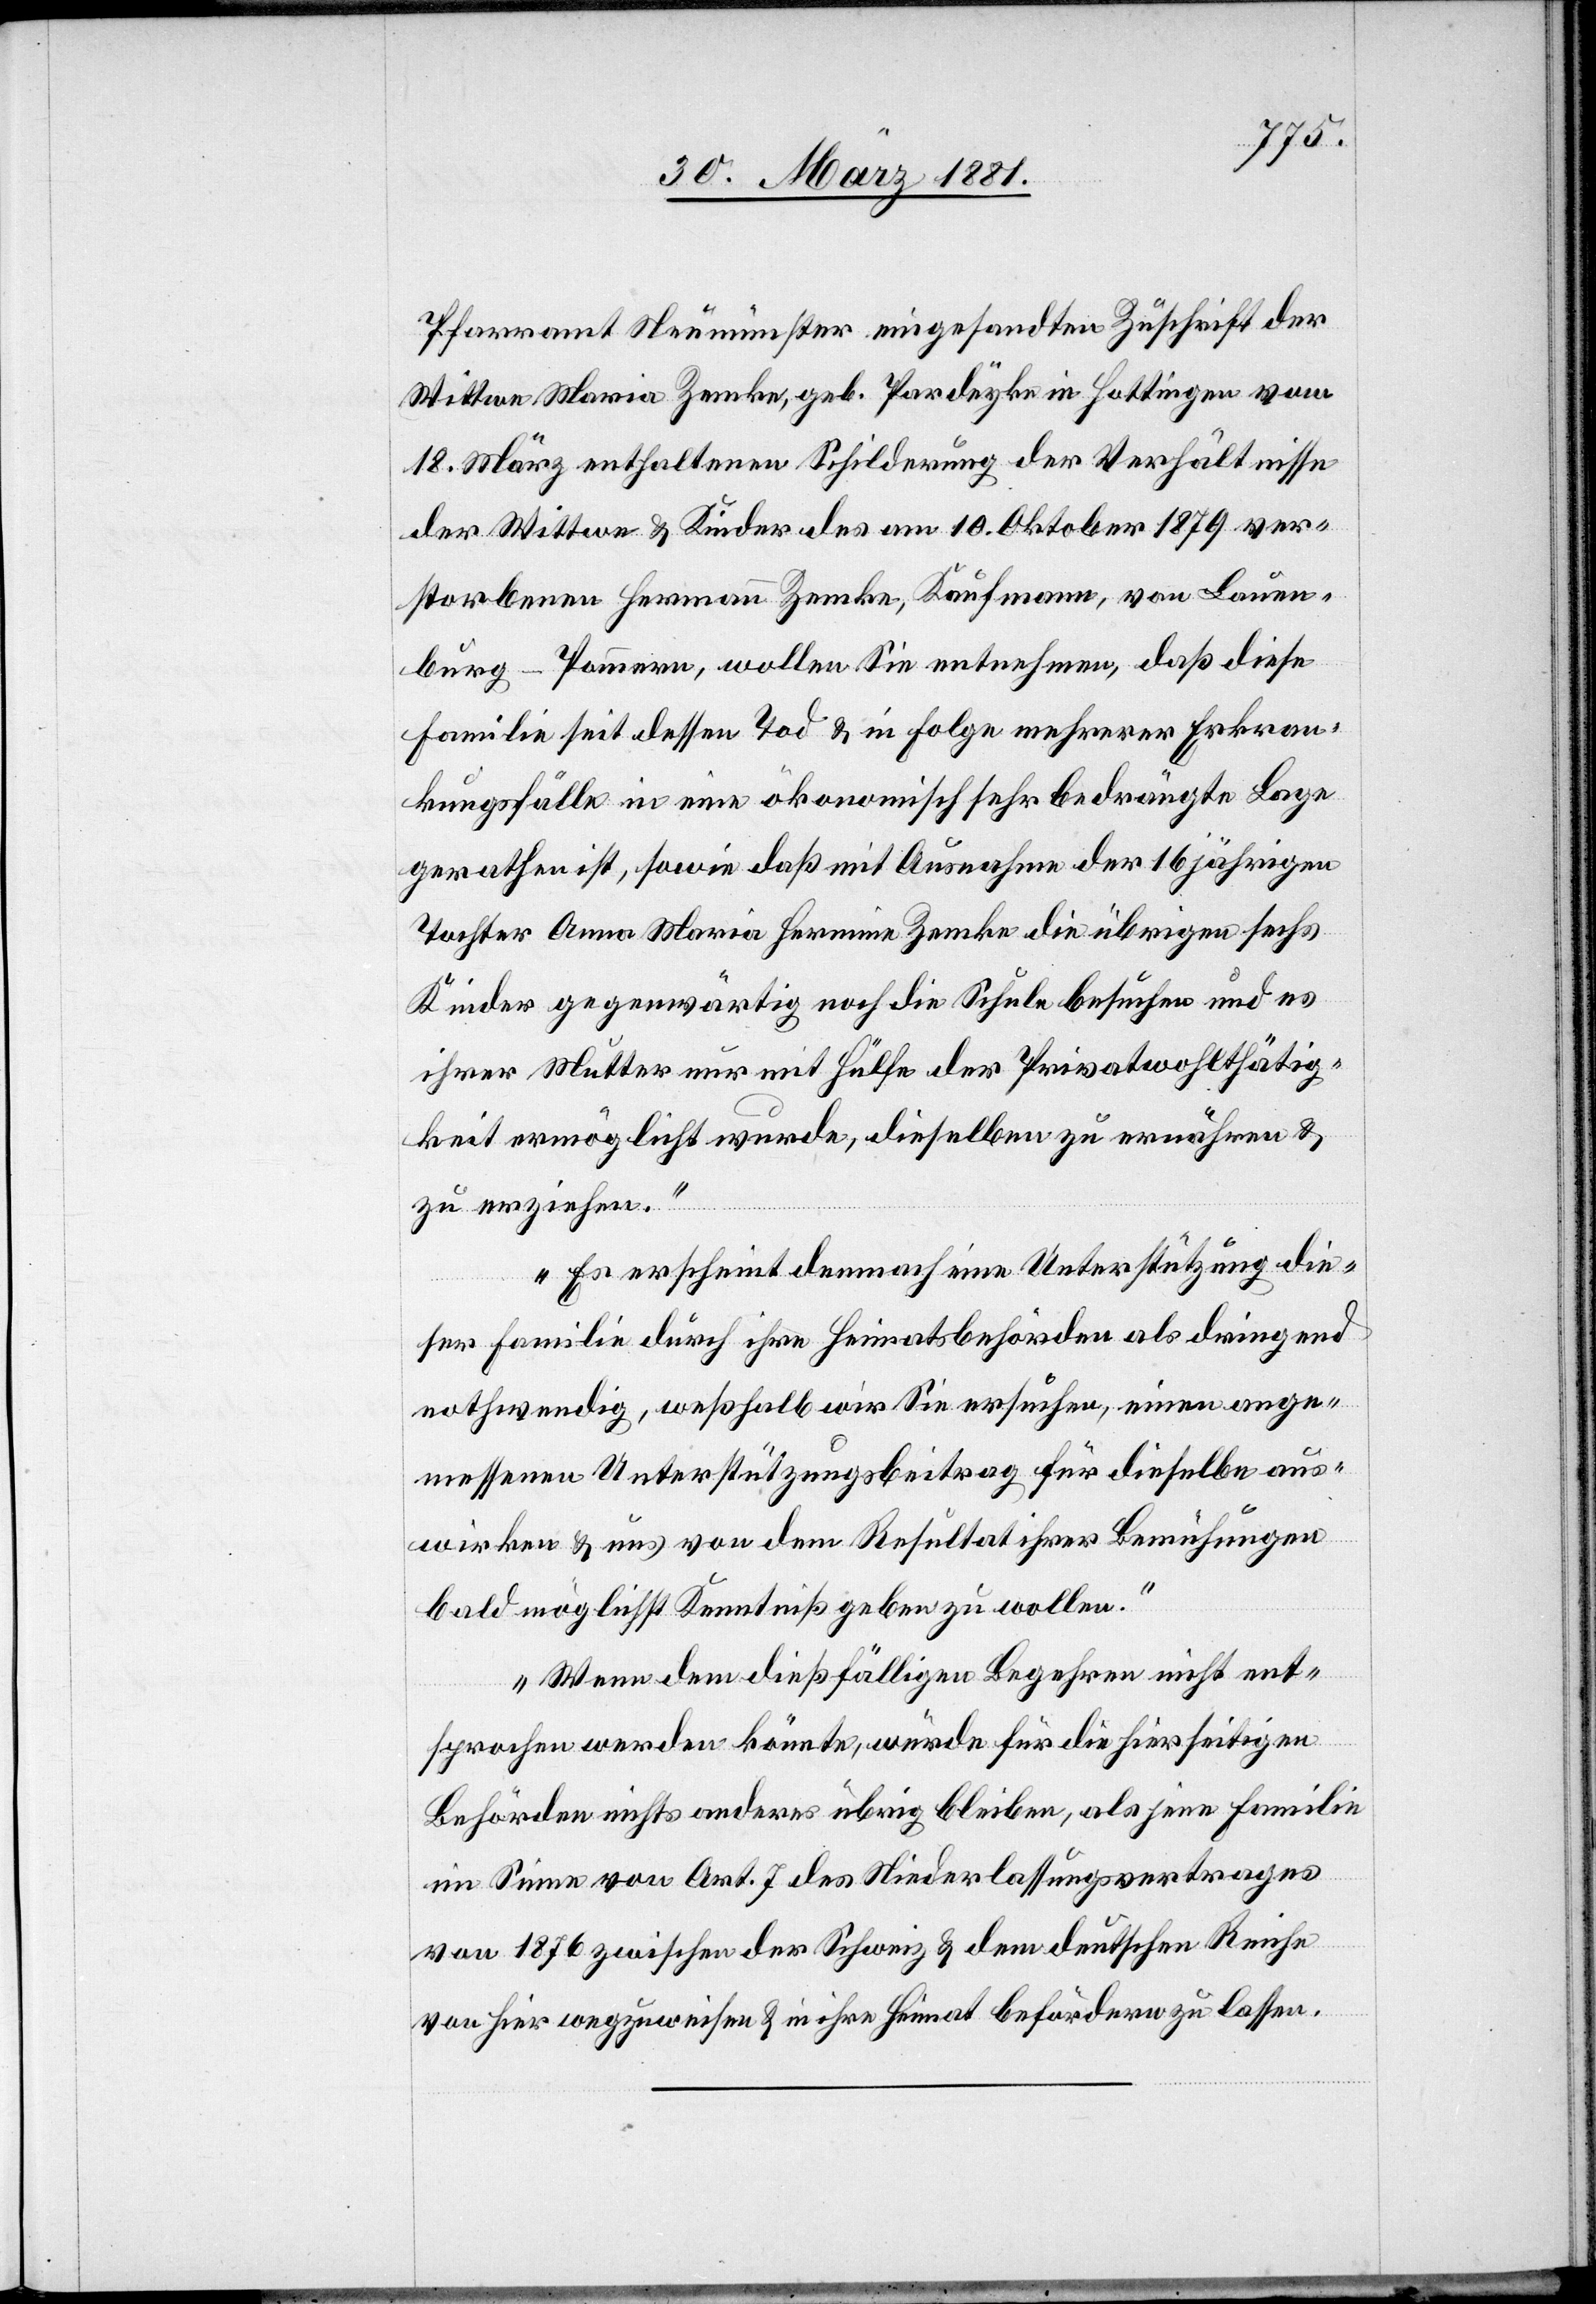
Pfarramt Neumünster eingesandten Zuschrift der
Wittwe Maria Zemke, geb. Pardeyke in Hottingen vom
18. März enthaltenen Schilderung der Verhältnisse
der Wittwe & Kinder des am 10. Oktober 1879 ver¬
storbenen Hermann Zemke, Kaufmann, von Lauen¬
burg - Preußen, wollen Sie entnehmen, daß diese
Familie seit dessen Tod & in Folge mehrerer Erkran¬
kungsfälle in eine ökonomisch sehr bedrängte Lage
gerathen ist, sowie daß mit Ausnahme der 16. jährigen
Tochter Anna Maria Hermine Zemke die übrigen sechs
Kinder gegenwärtig noch die Schule besuchen und es
ihrer Mutter nur mit Hülfe der Privatwohlthätig¬
keit ermöglicht wurde, dieselben zu ernähren &
zu erziehen.
Es erscheint demnach eine Unterstützung die¬
ser Familie durch ihre Heimatsbehörden als dringend
nothwendig, weßhalb wir Sie ersuchen, einen ange¬
messenen Unterstützungsbeitrag für dieselbe aus¬
wirken & uns von dem Resultat ihrer Bemühungen
bald möglichst Kenntniß geben zu wollen.
Wenn dem dießfälligen Begehren nicht ent¬
sprochen werden könnte, würde für die hierseitigen
Behörden nichts anderes übrig bleiben, als jene Familie
im Sinne von Art. 7 des Niederlassungsvertrages
von 1876 zwischen der Schweiz & dem deutschen Reiche
von hier wegzuweisen & in ihre Heimat befördern zu lassen.“